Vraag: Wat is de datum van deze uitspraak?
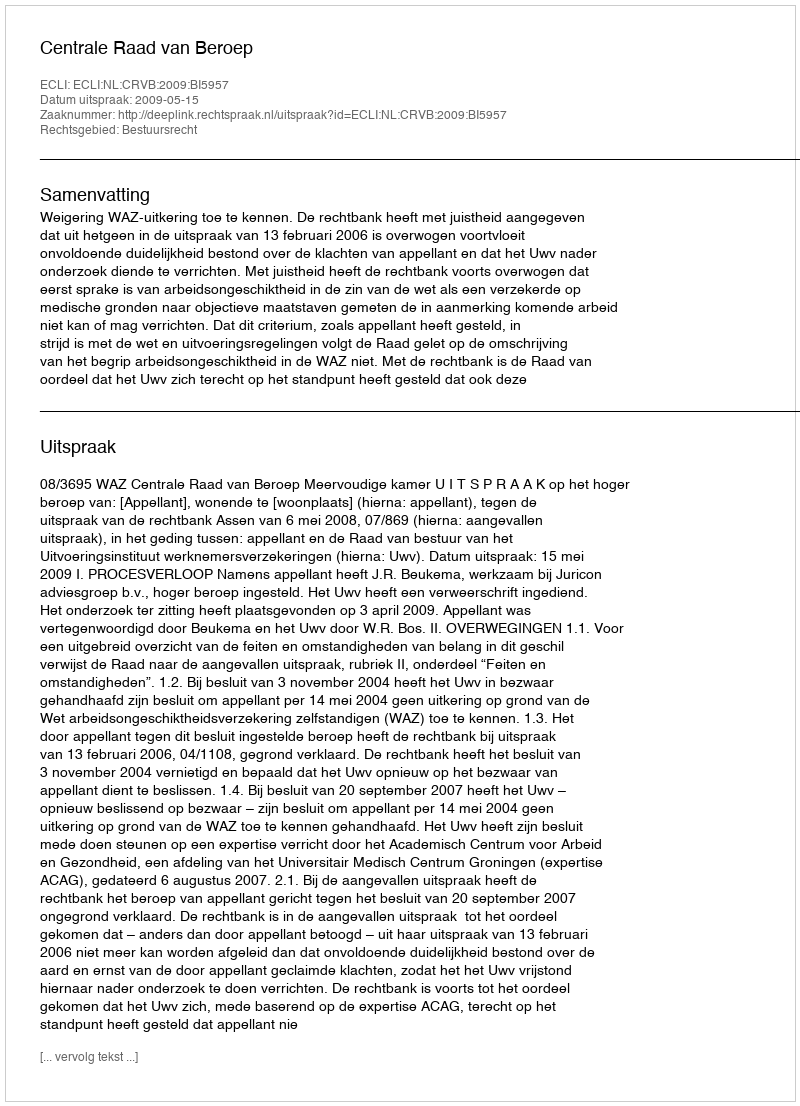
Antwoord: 2009-05-15